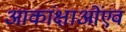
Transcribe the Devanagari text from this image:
आकांक्षाओंएवं